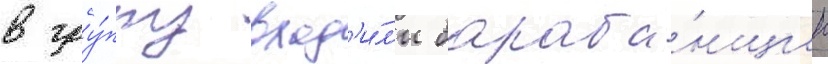
в гру́ппу вход'и́л'и бараба́нщик